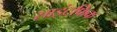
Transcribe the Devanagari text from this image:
साइंटफिक